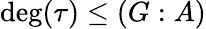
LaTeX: \deg(\tau)\leq(G:A)